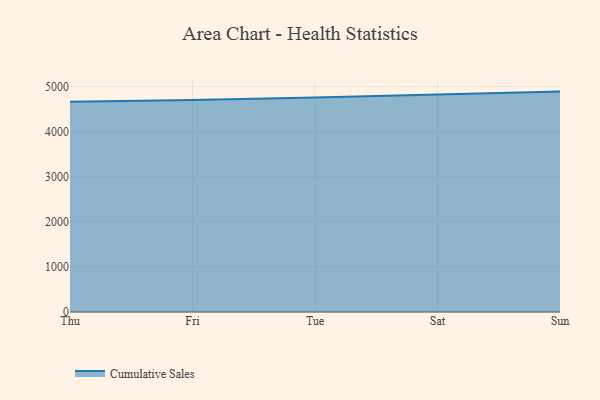
{"axis": {"x": "Day", "y": "Customer Acquisition Cost (USD)"}, "legend": ["Cumulative Sales"], "data": [{"x": "Thu", "y": 4662.0, "type": "Cumulative Sales"}, {"x": "Fri", "y": 4699.0, "type": "Cumulative Sales"}, {"x": "Tue", "y": 4755.0, "type": "Cumulative Sales"}, {"x": "Sat", "y": 4825.6, "type": "Cumulative Sales"}, {"x": "Sun", "y": 4886.6, "type": "Cumulative Sales"}]}